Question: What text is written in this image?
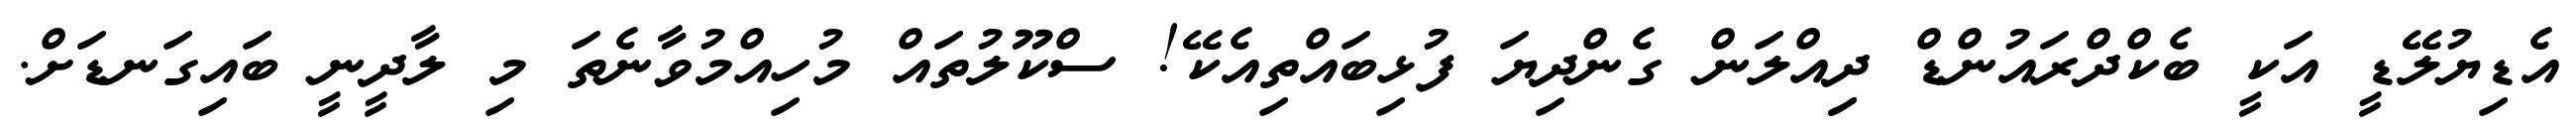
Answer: އެޑިޔުލޭޑީ އަކީ ބެކްދްރައުންޑް ދިިއްލަން ގެންދިޔަ ފުޅިބައްތިއެކޭ! ސްކޫލުތައް މުހިއްމުވާނެތަ މި ލާދީނީ ބައިގަނޑަށް.